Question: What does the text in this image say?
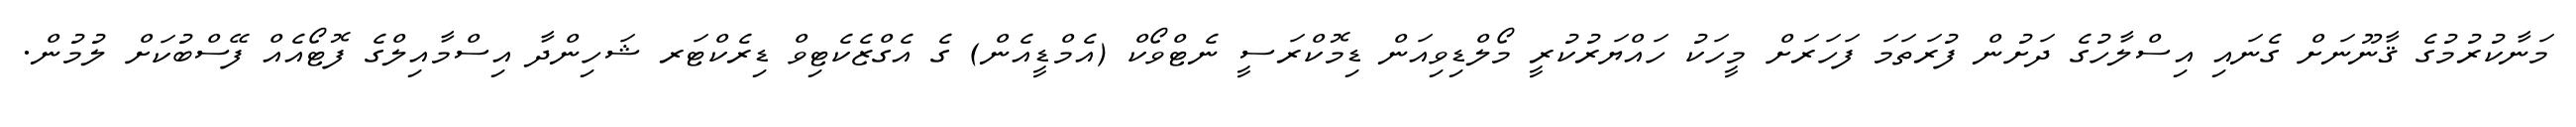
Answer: މަނާކުރުމުގެ ޤާނޫނަށް ގެނައި އިސްލާހުގެ ދަށުން ފުރަތަމަ ފަހަރަށް މީހަކު ހައްޔަރުކުރީ މޯލްޑިވިއަން ޑިމޮކްރަސީ ނެޓްވޯކް (އެމްޑީއެން) ގެ އެގްޒެކެޓިވް ޑިރެކްޓަރ ޝަހިންދާ އިސްމާއިލްގެ ފޮޓޯއެއް ފޭސްބުކަށް ލުމުން.